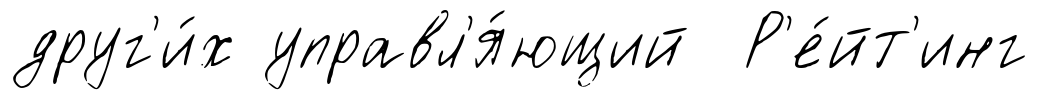
друг'и́х управл'я́ющий Р'е́йт'инг